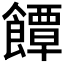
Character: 𮩐